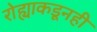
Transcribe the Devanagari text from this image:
रोह्याकडूनही